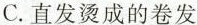
C.直发烫成的卷发